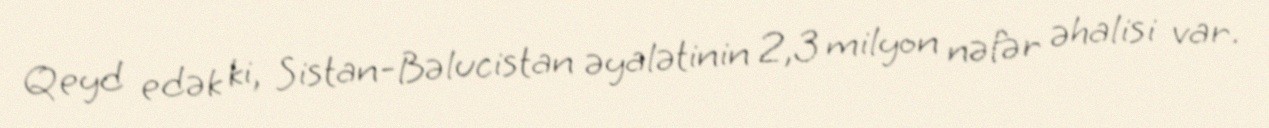
Qeyd edək ki, Sistan-Bəlucistan əyalətinin 2,3 milyon nəfər əhalisi var.